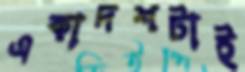
একাদশটাই